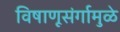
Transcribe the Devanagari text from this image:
विषाणूसंर्गामुळे